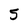
Character: 5